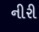
નીરી